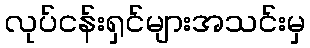
လုပ်ငန်းရှင်များအသင်းမှ